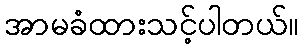
အာမခံထားသင့်ပါတယ်။